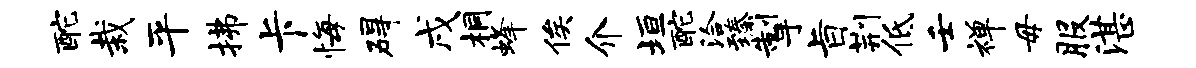
酡栽平拂卡悔碍戌桐蜂俟介垣酡洽臻掣旨荆低壬禅毋服湛